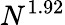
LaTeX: N^{1.92}